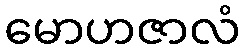
မောဟဇာလံ